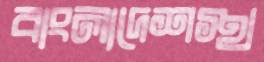
বাংলাদেশস্থ